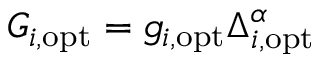
G _ { i , \mathrm { o p t } } = g _ { i , \mathrm { o p t } } \Delta _ { i , \mathrm { o p t } } ^ { \alpha }